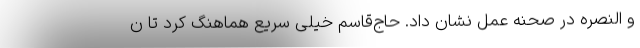
و النصره در صحنه عمل نشان داد. حاج‌قاسم خیلی سریع هماهنگ کرد تا ن